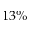
1 3 \%